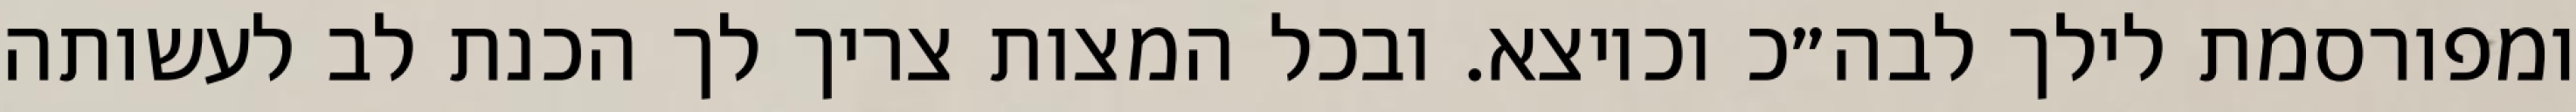
ומפורסמת לילך לבה״כ וכיוצא. ובכל המצות צריך לך הכנת לב לעשותה